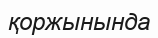
қоржынында